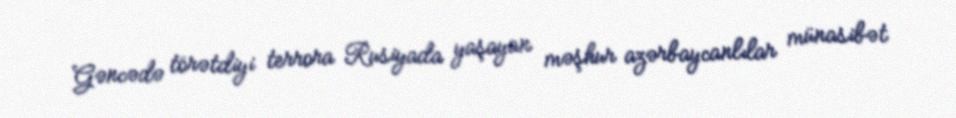
Gəncədə törətdiyi terrora Rusiyada yaşayan məşhur azərbaycanlılar münasibət